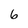
Character: 6